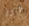
ماذا